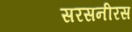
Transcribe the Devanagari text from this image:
सरसनीरस